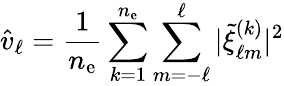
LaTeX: \widehat v_{\ell}=\frac{1}{n_{\mathrm{e}}}\sum_{k=1}^{n_{\mathrm{e}}}\sum_{m=-\ell}^{\ell}|\widetilde\xi_{\ell m}^{(k)}|^{2}